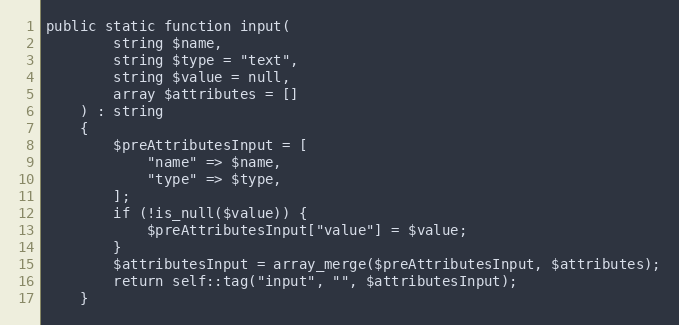
Language: PHP
public static function input(
        string $name,
        string $type = "text",
        string $value = null,
        array $attributes = []
    ) : string
    {
        $preAttributesInput = [
            "name" => $name,
            "type" => $type,
        ];
        if (!is_null($value)) {
            $preAttributesInput["value"] = $value;
        }
        $attributesInput = array_merge($preAttributesInput, $attributes);
        return self::tag("input", "", $attributesInput);
    }